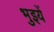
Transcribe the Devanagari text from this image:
भुइयें